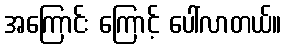
အကြောင်း ကြောင့် ပေါ်လာတယ်။